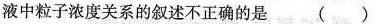
液中粒子浓度关系的叙述不正确的是()